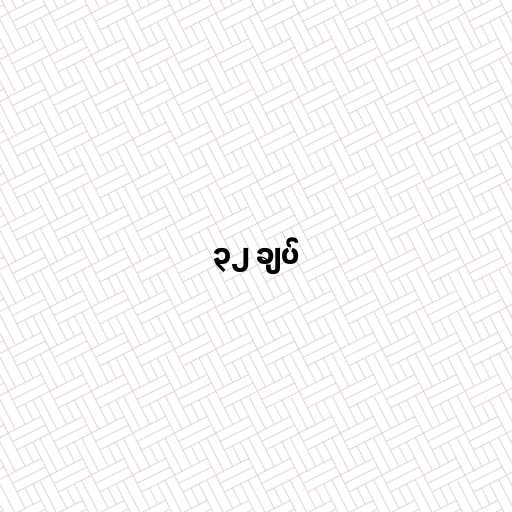
၃၂ ချပ်